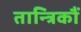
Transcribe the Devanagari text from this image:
तान्त्रिकौं